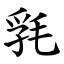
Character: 㲗